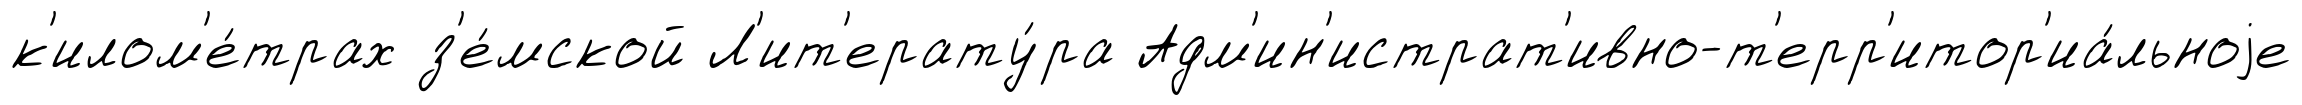
к'илом'е́трах з'е́мской Л'ит'ерату́ра Адм'ин'истрат'ивно-т'ерр'итор'иа́льноjе